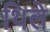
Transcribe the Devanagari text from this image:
थिले